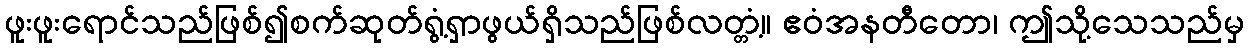
ဖူးဖူးရောင်သည်ဖြစ်၍စက်ဆုတ်ရွံ့ရှာဖွယ်ရှိသည်ဖြစ်လတ္တံ့။ ဧဝံအနတီတော၊ ဤသို့သေသည်မှ